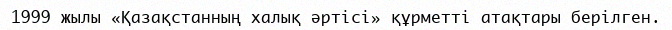
1999 жылы «Қазақстанның халық әртісі» құрметті атақтары берілген.